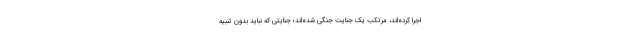
اجرا کرده‌اند، مرتکب یک جنایت جنگی شده‌اند؛ جنایتی که نباید بدون تنبیه